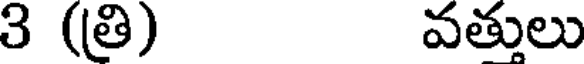
3 (తి) వత్తులు